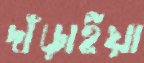
দাঁড়াইয়া